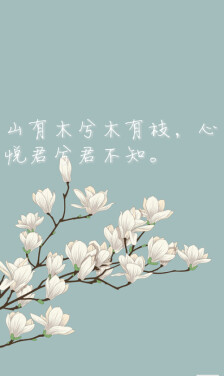
山有木兮木有枝，心悦君兮君不知。